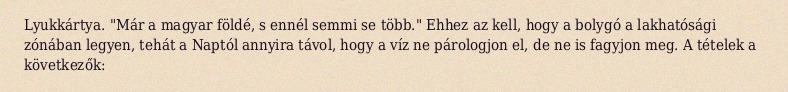
Lyukkártya. "Már a magyar földé, s ennél semmi se több." Ehhez az kell, hogy a bolygó a lakhatósági zónában legyen, tehát a Naptól annyira távol, hogy a víz ne párologjon el, de ne is fagyjon meg. A tételek a következők: